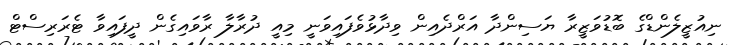
ނިއުޒީލެންޑްގެ ބޮޑުވަޒީރާ ޔަސިންދާ އަރްދެއިން ވިދާޅުވެފައިވަނީ މިއީ ދުރާލާ ރާވައިގެން ދީފައިވާ ޓެރަރިސްޓް